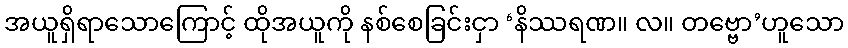
အယူရှိရာသောကြောင့် ထိုအယူကို နစ်စေခြင်းငှာ ‘နိဿရဏ။ လ။ တဗ္ဗော’ဟူသော